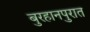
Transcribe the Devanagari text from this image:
बुरहानपुरात